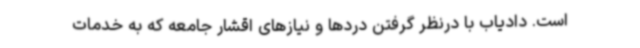
است. دادیاب با درنظر گرفتن دردها و نیازهای اقشار جامعه که به خدمات